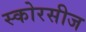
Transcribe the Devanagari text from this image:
स्कोरसीज